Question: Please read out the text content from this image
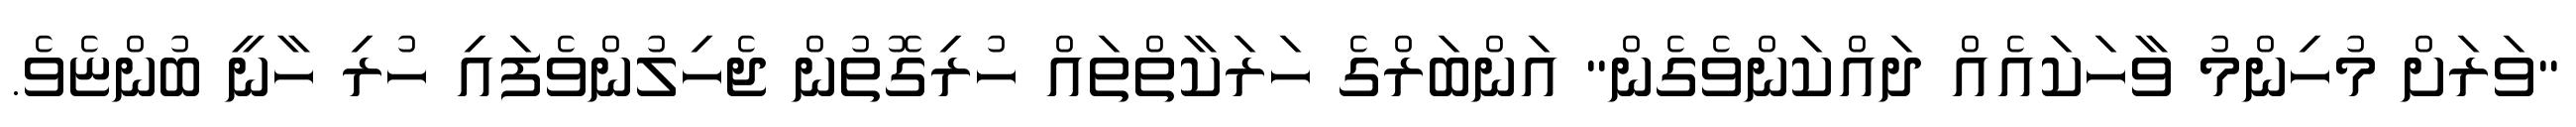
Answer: "ވަރަށް މުހިންމު ވާހަކައެއް ދައްކަންވެގެން" އަންބަރްގެ ހަރަކާތްތައް ހުރިގޮތުން ޖެހިލުންވެފައި ހުރި ހާނީ ބުންޏެވެ.